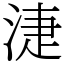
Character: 𣶏